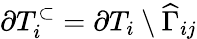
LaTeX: \partial T_{i}^{\subset}=\partial T_{i}\setminus\widehat{\Gamma}_{ij}